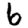
Digit: 6